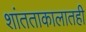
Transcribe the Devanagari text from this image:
शांतताकालातही